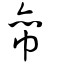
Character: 帟